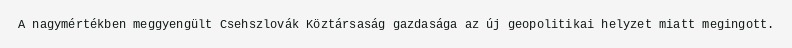
A nagymértékben meggyengült Csehszlovák Köztársaság gazdasága az új geopolitikai helyzet miatt megingott.